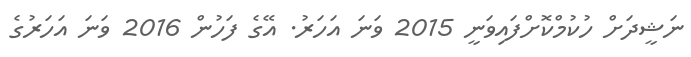
ނަޝީދަށް ހުކުމްކޮށްފައިވަނީ 2015 ވަނަ އަހަރު. އޭގެ ފަހުން 2016 ވަނަ އަހަރުގެ